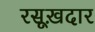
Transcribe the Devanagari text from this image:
रसूख़दार